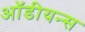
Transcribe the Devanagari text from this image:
ऑडीयन्स